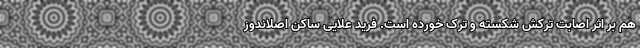
هم بر اثر اصابت ترکش شکسته و ترک خورده‌ است. فرید علایی ساکن اصلاندوز